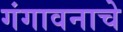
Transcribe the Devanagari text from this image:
गंगावनाचे